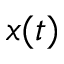
x ( t )